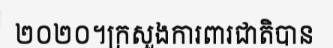
២០២០។ក្រសួងការពារជាតិបាន